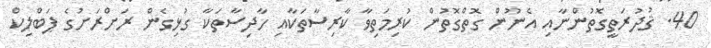
40. ޤުދުރަތީގޮތުންނާއި އެނޫން ގޮތްގޮތުން ކުރިމަތިވާ ކާރިސާތަކާއި ހާދިސާތަކާ ގުޅިގެން ރަށްރަށުގެ ޕަބްލިކް